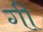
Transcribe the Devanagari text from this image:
गीं